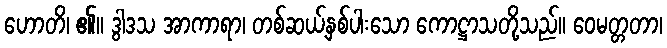
ဟောတိ၊ ၏။ ဒွါဒသ အာကာရာ၊ တစ်ဆယ့်နှစ်ပါးသော ကောဋ္ဌာသတို့သည်။ ဝေမတ္တတာ၊